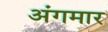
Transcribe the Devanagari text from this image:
अंगमार